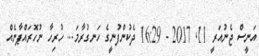
އަނީސް ޖެނުއަރީ 11